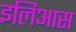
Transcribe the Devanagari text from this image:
इलिआस